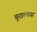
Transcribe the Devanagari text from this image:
चुरडल्यास